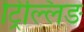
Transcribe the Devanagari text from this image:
ट्रिल्लिङ